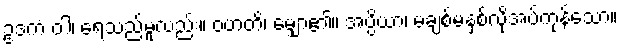
ဥဒကံ ဝါ၊ ရေသည်မူလည်း။ ဝဟတိ၊ မျှော၏။ အပ္ပိယာ၊ မချစ်မနှစ်လိုအပ်ကုန်သော။